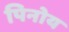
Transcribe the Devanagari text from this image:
पिनोय